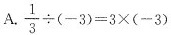
A. $$\frac{1}{3}\div(-3)=3×(-3)$$